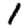
Digit: 1